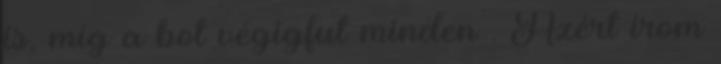
is, míg a bot végigfut minden . Azért írom